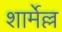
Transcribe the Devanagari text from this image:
शार्मेल्ल